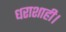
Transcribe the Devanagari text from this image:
धराशाही।